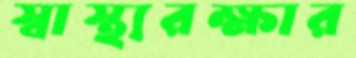
স্বাস্থ্যরক্ষার